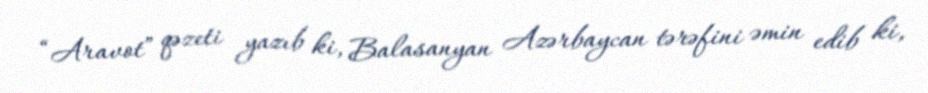
“Aravot” qəzeti yazıb ki, Balasanyan Azərbaycan tərəfini əmin edib ki,